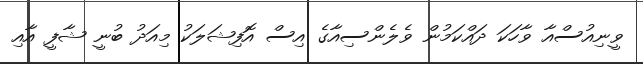
ވީނިއުސްއާ ވާހަކަ ދައްކަމުން ވެލެންސިއާގެ އިސް އޮފިޝަލަކު މިއަދު ބުނީ ޝާފީ އާއި